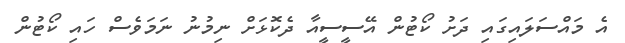
އެ މައްސަލައިގައި ދަށު ކޯޓުން އޭސީސީއާ ދެކޮޅަށް ނިމުނު ނަމަވެސް ހައި ކޯޓުން